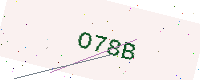
Text: O78B